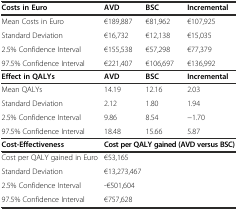
| Costs in Euro | AVD | BSC | Incremental |
 | --- | --- | --- | --- |
 | Mean Costs in Euro | €189,887 | €81,962 | €107,925 |
 | Standard Deviation | €16,732 | €12,138 | €15,035 |
 | 2.5% Confidence Interval | €155,538 | €57,298 | €77,379 |
 | 97.5% Confidence Interval | €221,407 | €106,697 | €136,992 |
 | Effect in QALYs | AVD | BSC | Incremental |
 | Mean QALYs | 14.19 | 12.16 | 2.03 |
 | Standard Deviation | 2.12 | 1.80 | 1.94 |
 | 2.5% Confidence Interval | 9.86 | 8.54 | −1.70 |
 | 97.5% Confidence Interval | 18.48 | 15.66 | 5.87 |
 | Cost-Effectiveness | <COLSPAN=3> Cost per QALY gained (AVD versus BSC) |
 | Cost per QALY gained in Euro | <COLSPAN=3> €53,165 |
 | Standard Deviation | <COLSPAN=3> €13,273,467 |
 | 2.5% Confidence Interval | <COLSPAN=3> -€501,604 |
 | 97.5% Confidence Interval | <COLSPAN=3> €757,628 |